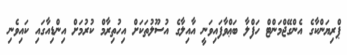
ޕްރިޔަންކާގެ އެންގޭޖްމަންޓް ހަފްލާ ބަޢްވާފައިވަނީ އާއިލާގެ އުސޫލުތަކަށް އިހުތިރާމް ކުރުމަށް އިންޑިއާގައި ކައިވެނި